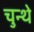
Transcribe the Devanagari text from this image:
चुन्थे